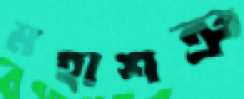
মহাশত্রু